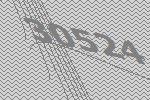
30524